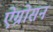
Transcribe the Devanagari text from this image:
ऐग्रोसन